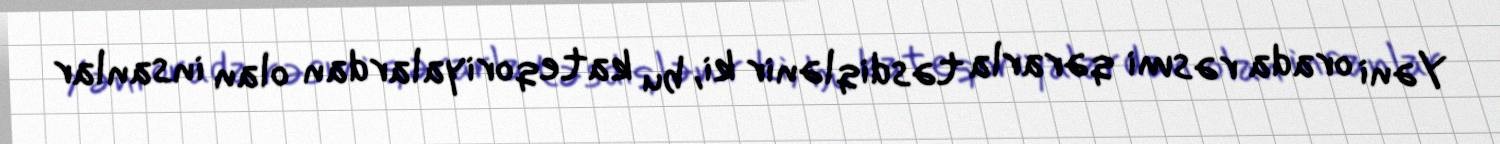
Yəni orada rəsmi qərarla təsdiqlənir ki, bu kateqoriyalardan olan insanlar